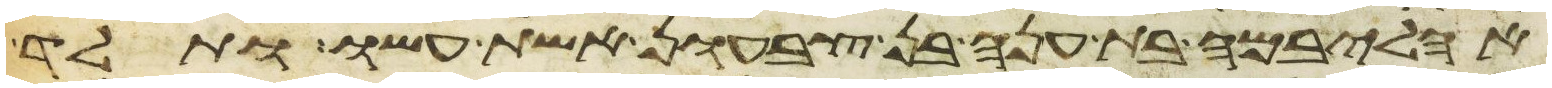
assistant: אהליבמה בת ענה בן צבעון אשת עשו ותלד